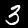
Label: 3